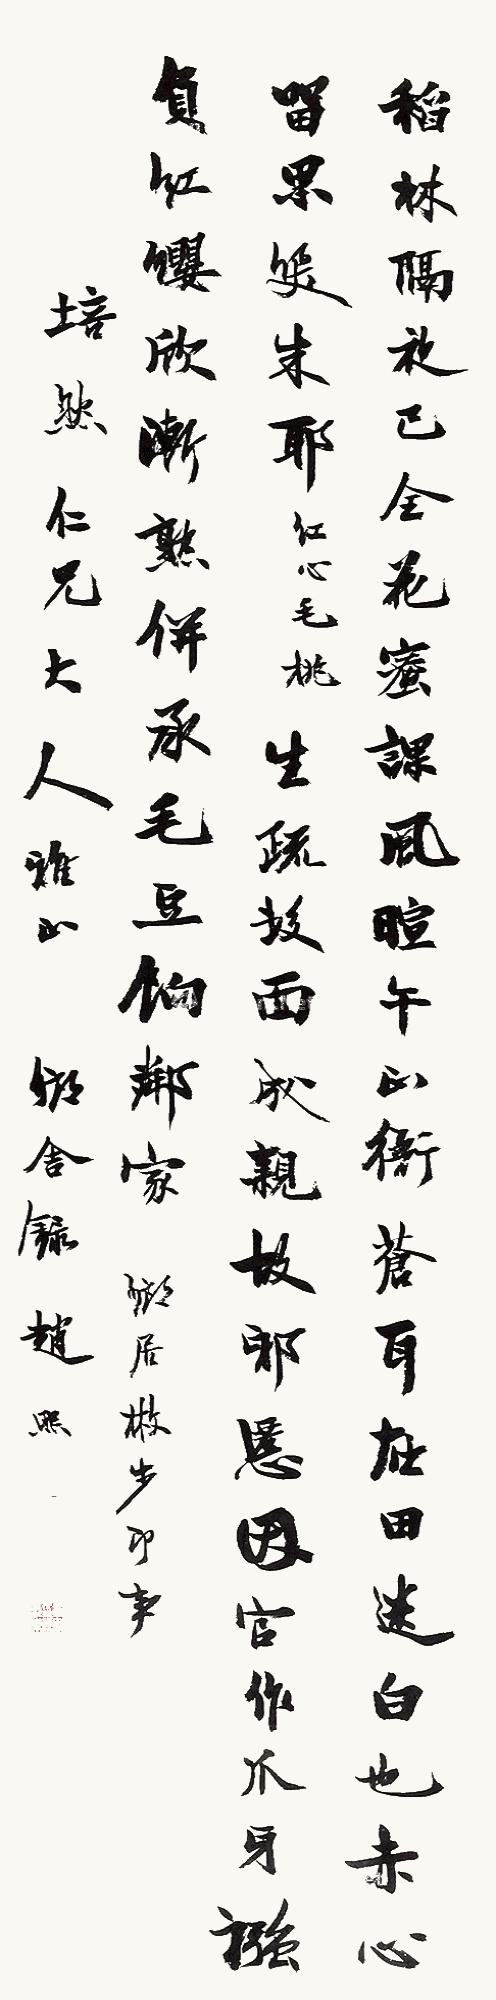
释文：稻林隔夜已全花，蜜课风暄午正衙。苍耳庇田迷白也，赤心留果笑朱耶。（红心毛桃）。生疏发面成亲故，邪慝因宫作爪牙。襁负红璎欣渐熟，并承毛豆饷邻家。乡居散步即事。培然仁兄大人雅正，乡舍录赵熙。